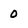
Character: 0